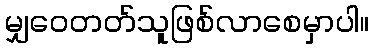
မျှဝေတတ်သူဖြစ်လာစေမှာပါ။